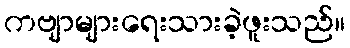
ကဗျာများရေးသားခဲ့ဖူးသည်။